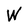
Character: W